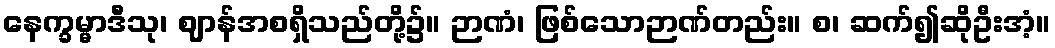
နေက္ခမ္မာဒီသု၊ ဈာန်အစရှိသည်တို့၌။ ဉာဏံ၊ ဖြစ်သောဉာဏ်တည်း။ စ၊ ဆက်၍ဆိုဦးအံ့။